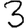
Digit: 3